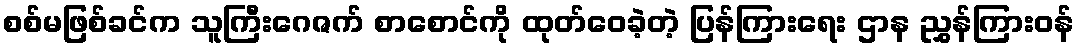
စစ်မဖြစ်ခင်က သူကြီးဂေဇက် စာစောင်ကို ထုတ်ဝေခဲ့တဲ့ ပြန်ကြားရေး ဌာန ညွှန်ကြားဝန်